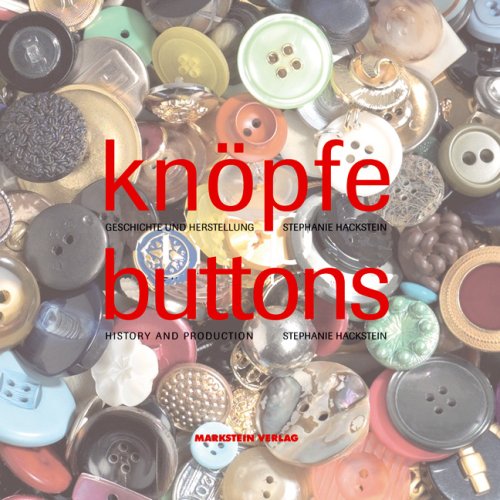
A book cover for Knopfe/Buttons: Geschichte Und Herstellung/History and Production (German Edition); Stephanie Hackstein; Crafts, Hobbies & Home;